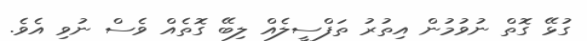
ގުޅޭ ގޮތް ނުވުމުން އިތުރު ތަފްސީލެއް ލިބޭ ގޮތެއް ވެސް ނުވި އެވެ.